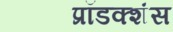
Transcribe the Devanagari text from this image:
प्रॉडक्शंस